Report on plague and inoculation in the Punjab from October 1st ... to September 30th..., being the ... season of plague in the province
Disease focus: Plague
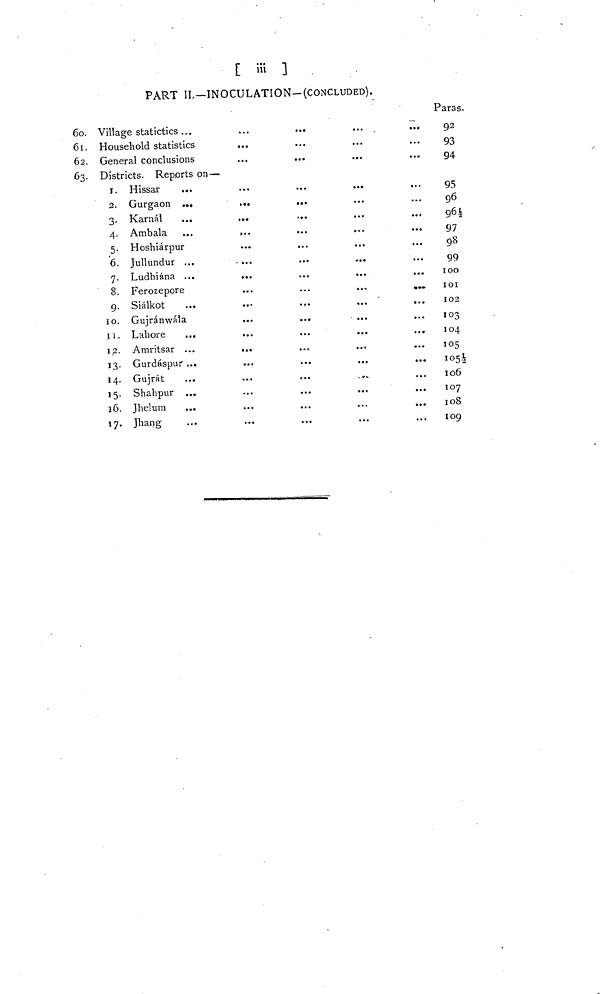
[ iii ]
PART II.—INOCULATION-(CONCLUDED).
Paras.
60.
61.
62.
63.
Village statictics ...
Household statistics
General conclusions
Districts. Reports on —
1.
2.
3.
4.
5.
6.
7.
8.
9.
10.
12.
13.
14.
15.
16.
17.
Hissar ...
Gurgaon ...
Karnál ...
Ambala ...
Hoshiárpur
Jullundur ...
Ludhiána ...
Ferozepore
Siálkot ...
Gujránwála
Lahore
...
Amritsar ...
Gurdáspur ...
Gujrát ...
Shahpur ...
Jhelum ...
Jhang ...
...
...
. ..
...
...
...
...
...
...
...
...
...
..-
...
...
...
...
...
...
...
...
...
...
...
...
...
...
...
...
...
...
...
...
...
...
...
...
...
...
...
...
...
...
...
...
...
...
...
...
...
...
...
...
...
...
...
...
...
...
...
...
•..
...
...
...
...
...
...
...
...
...
...
...
...
...
...
...
...
...
...
...
...
...
92
93
94
...
95
96
96 1/2
97
98
99
100
101
102
103
104
105
106
107
108
109